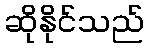
ဆိုနိုင်သည်